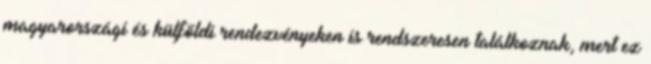
magyarországi és külföldi rendezvényeken is rendszeresen találkoznak, mert ez